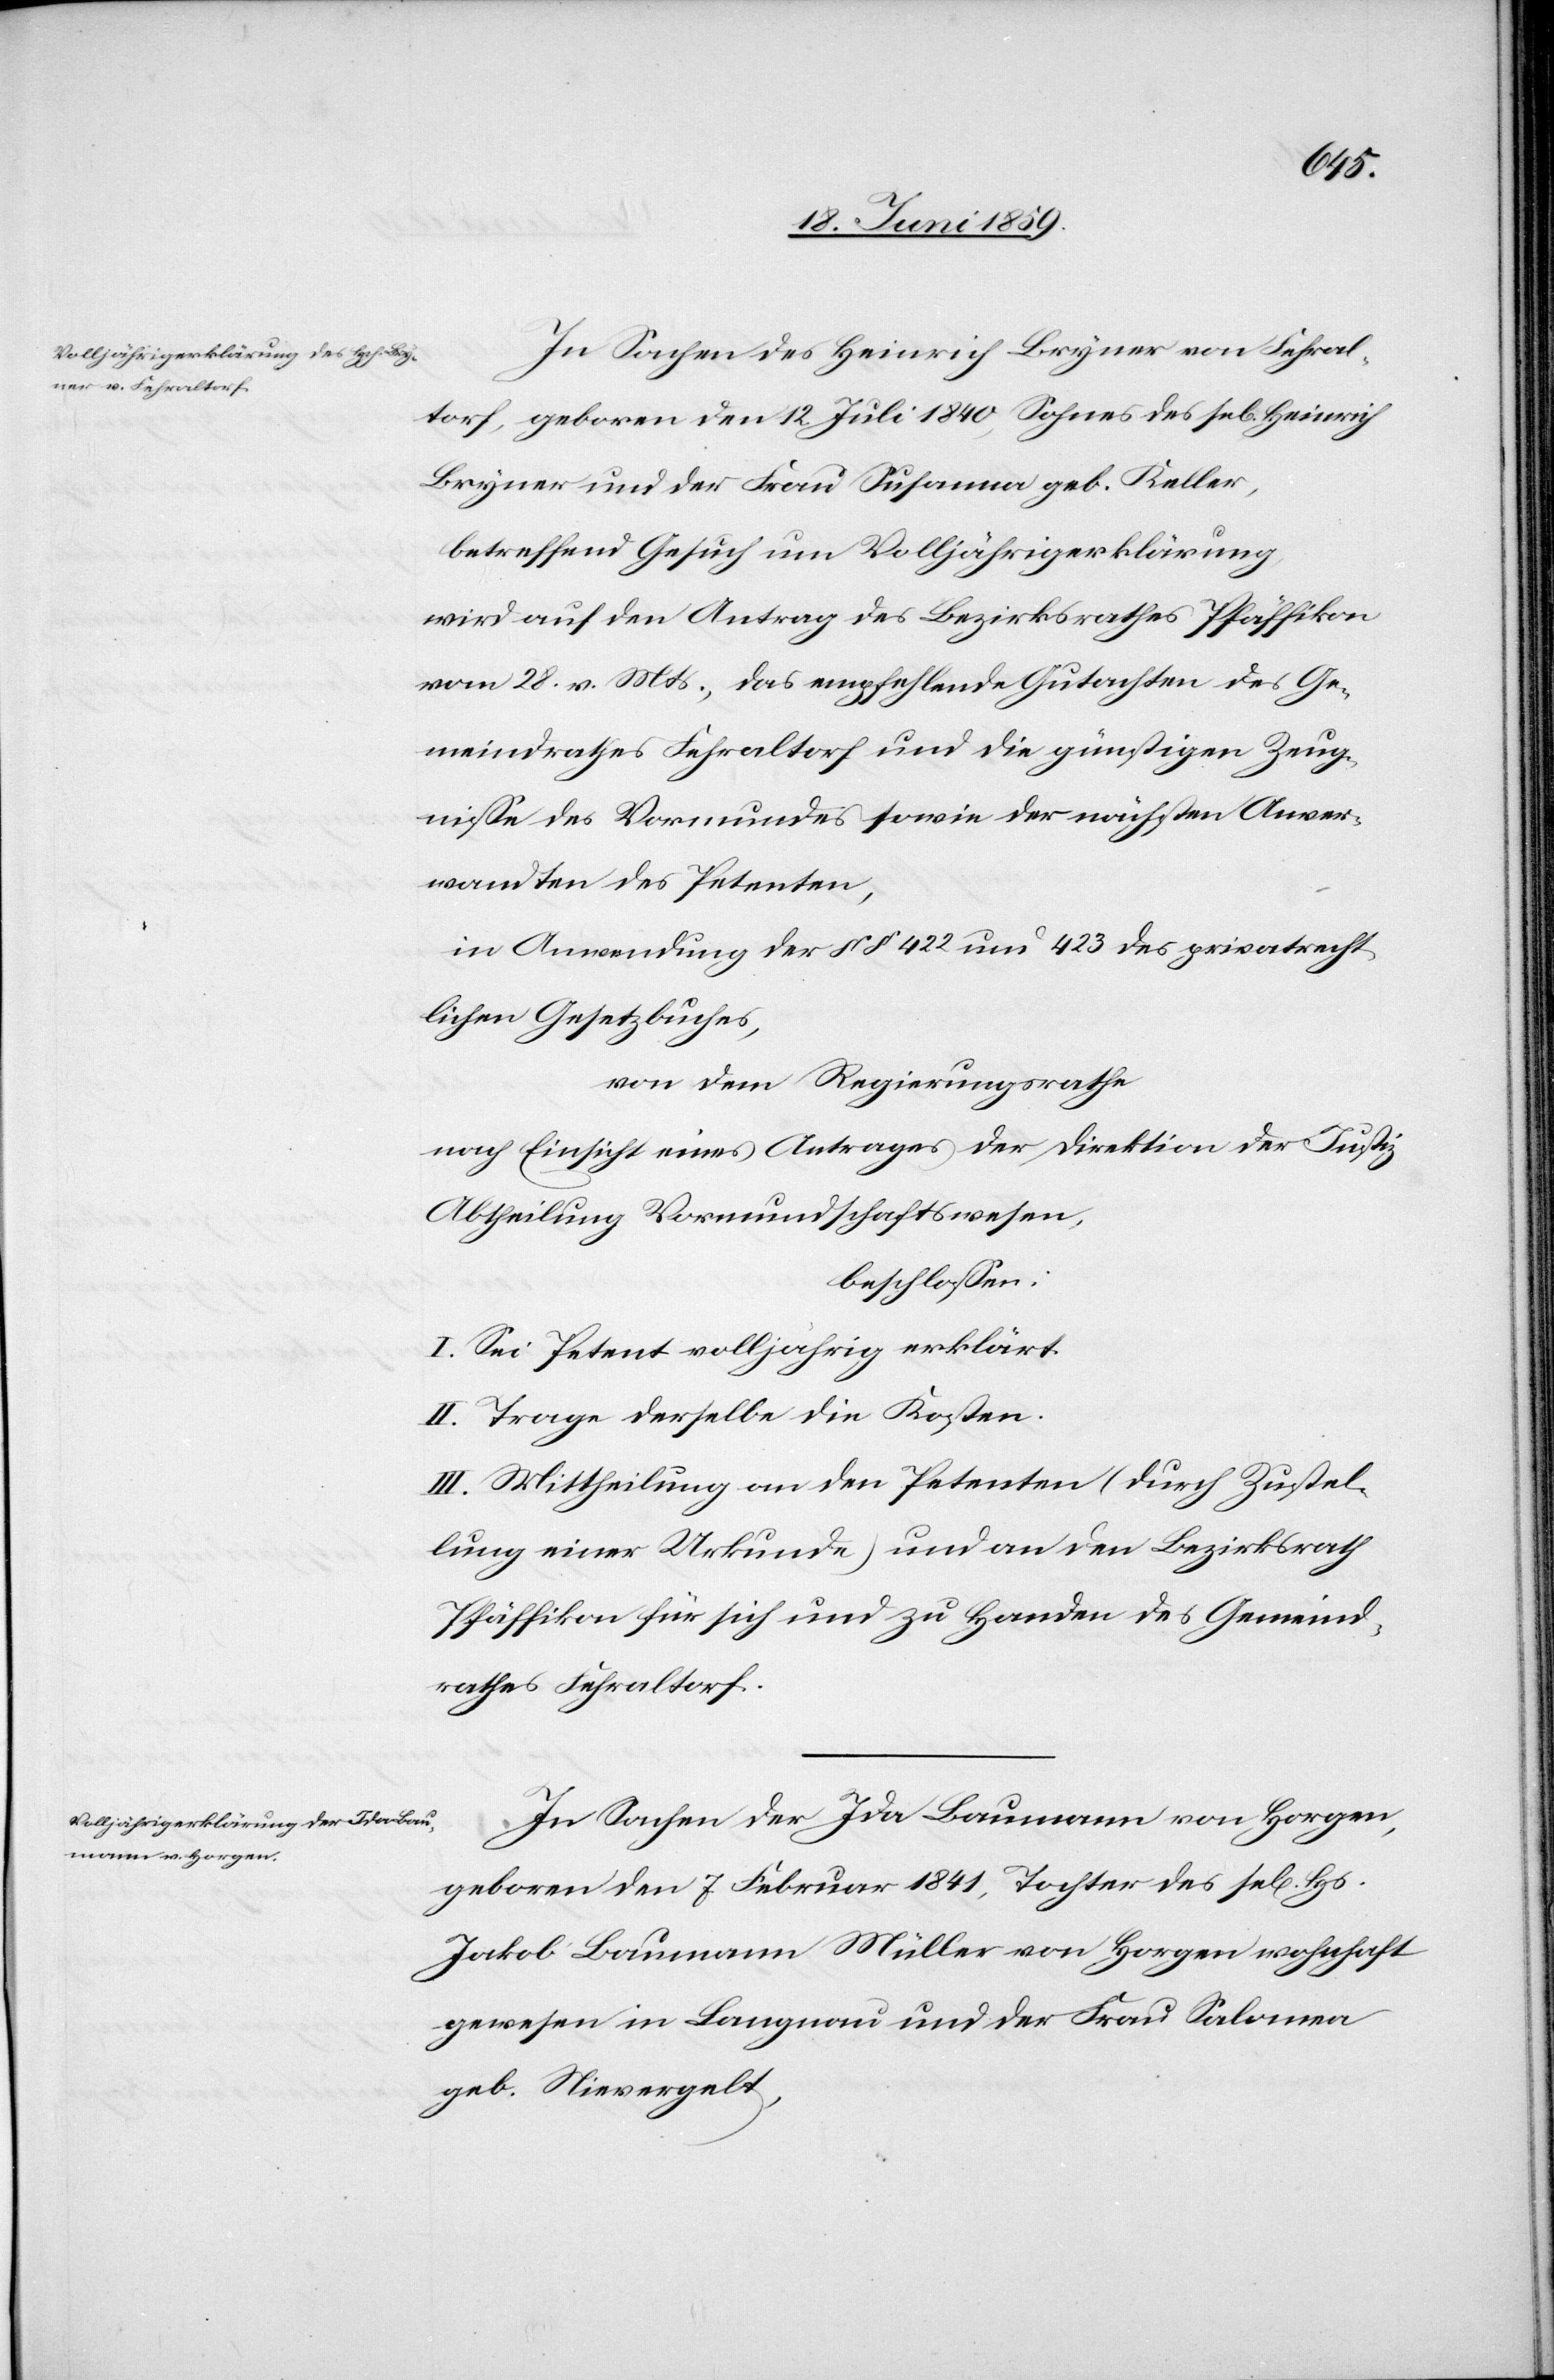
In Sachen des Heinrich Bryner von Fehral¬
torf, geboren den 12. Juli 1840, Sohnes des sel. Heinrich
Bryner und der Frau Susanna geb. Keller,
betreffend Gesuch um Volljährigerklärung
wird auf den Antrag des Bezirksrathes Pfäffikon
vom 28. v. Mts., das empfehlende Gutachten des Ge¬
meindrathes Fehraltorf und die günstigen Zeug¬
nisse des Vormundes sowie der nächsten Anver¬
wandten des Petenten,
in Anwendung der §§ 422 und 423 des privatrecht¬
lichen Gesetzbuches,
von dem Regierungsrathe
nach Einsicht eines Antrages der Direktion der Justiz
Abtheilung Vormundschaftswesen
beschlossen:
I. Sei Petent volljährig erklärt.
II. Trage derselbe die Kosten.
III. Mittheilung an den Petenten (durch Zustel¬
lung einer Urkunde) und an den Bezirksrath
Pfäffikon für sich und zu Handen des Gemeind¬
rathes Fehraltorf.
In Sachen der Ida Baumann von Horgen,
geboren den 7. Februar 1841, Tochter des sel. Hs.
Jakob Baumann Müller von Horgen wohnhaft
gewesen in Langnau und der Frau Salomea
geb. Nievergelt,